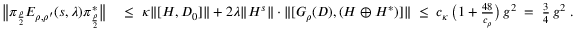
\begin{array} { r l } { \big \| \pi _ { \frac { \rho } { 2 } } E _ { \rho , \rho ^ { \prime } } ( s , \lambda ) \pi _ { \frac { \rho } { 2 } } ^ { * } \big \| } & { \; \leq \; \kappa \| [ H , D _ { 0 } ] \| + 2 \lambda \| H ^ { s } \| \cdot \| [ G _ { \rho } ( D ) , ( H \oplus H ^ { * } ) ] \| \; \leq \; c _ { \kappa } \, { \big ( 1 + \frac { 4 8 } { c _ { \rho } } \big ) } \, g ^ { 2 } \; = \; \frac { 3 } { 4 } \, g ^ { 2 } \; . } \end{array}